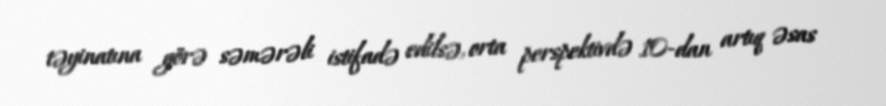
təyinatına görə səmərəli istifadə edilsə, orta perspektivdə 10-dan artıq əsas